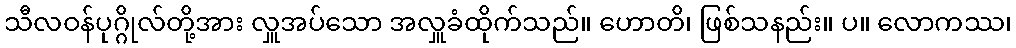
သီလဝန်ပုဂ္ဂိုလ်တို့အား လှူအပ်သော အလှူခံထိုက်သည်။ ဟောတိ၊ ဖြစ်သနည်း။ ပ။ လောကဿ၊